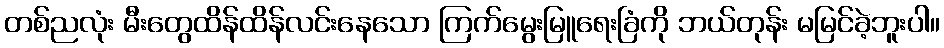
တစ်ညလုံး မီးတွေထိန်ထိန်လင်းနေသော ကြက်မွေးမြူရေးခြံကို ဘယ်တုန်း မမြင်ခဲ့ဘူးပါ။